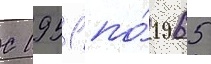
С 1951 по́ 1965